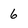
Character: 6